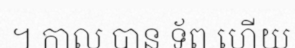
។ កាល បាន ទ័ព ហើយ